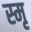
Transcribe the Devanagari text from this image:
स्मृ